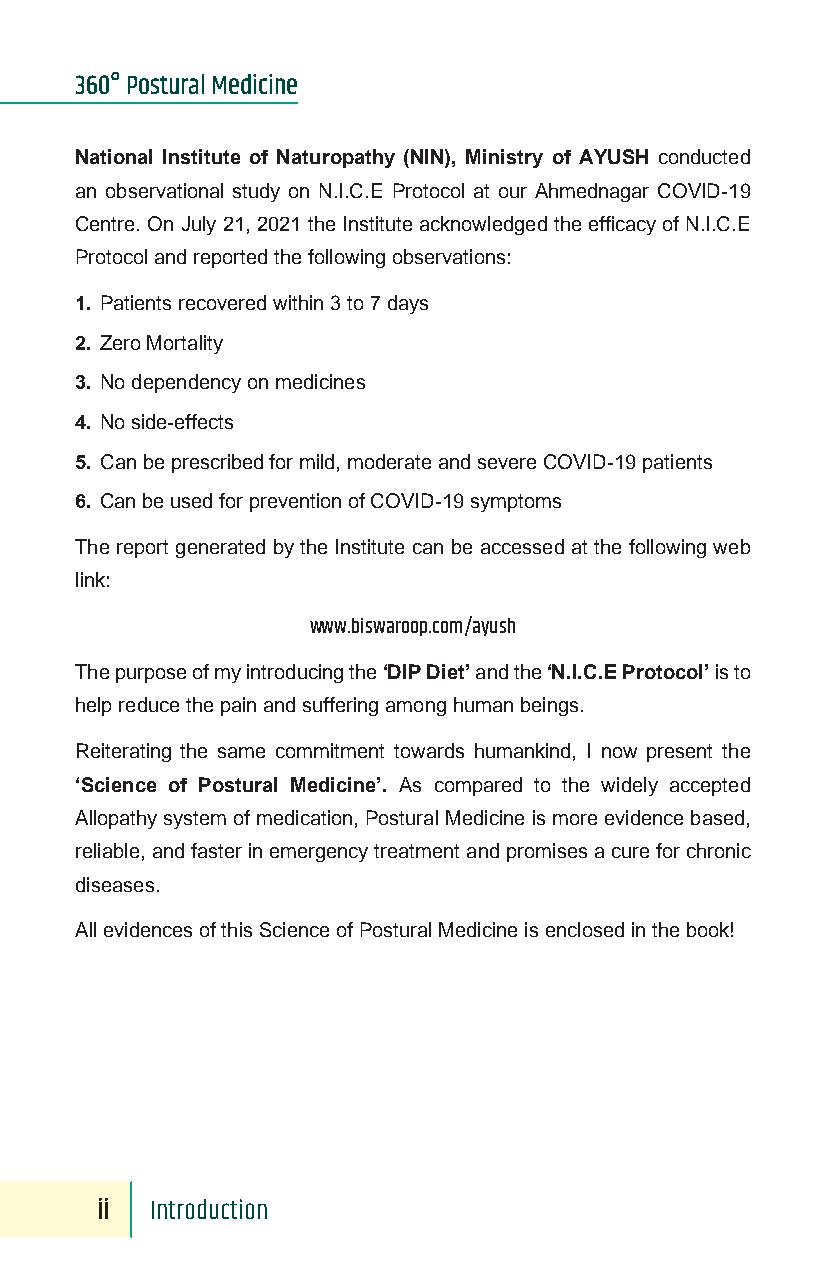
360° Postural Medicine
 National Institute of Naturopathy (NIN), Ministry of AYUSH conducted
 an observational study on N.I.C.E Protocol at our Ahmednagar COVID-19
 Centre. On July 21, 2021 the Institute acknowledged the efficacy of N.I.C.E
 Protocol and reported the following observations:
 1. Patients recovered within 3 to 7 days
 2. Zero Mortality
 3. No dependency on medicines
 4. No side-effects
 5. Can be prescribed for mild, moderate and severe COVID-19 patients
 6. Can be used for prevention of COVID-19 symptoms
 The report generated by the Institute can be accessed at the following web
 link:
 www.biswaroop.com/ayush
 The purpose of my introducing the ‘DIP Diet’ and the ‘N.I.C.E Protocol’ is to
 help reduce the pain and suffering among human beings.
 Reiterating the same commitment towards humankind, I now present the
 ‘Science of Postural Medicine’. As compared to the widely accepted
 Allopathy system of medication, Postural Medicine is more evidence based,
 reliable, and faster in emergency treatment and promises a cure for chronic
 diseases.
 All evidences of this Science of Postural Medicine is enclosed in the book!
 ii  Introduction